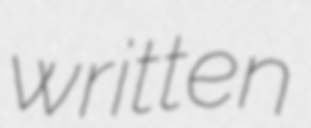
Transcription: written